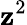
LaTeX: \mathbf{z}^{2}